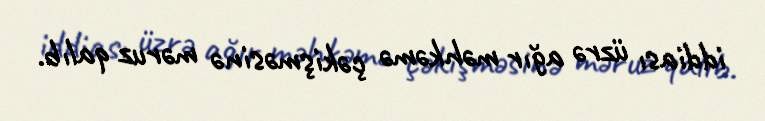
iddiası üzrə ağır məhkəmə çəkişməsinə məruz qalıb.